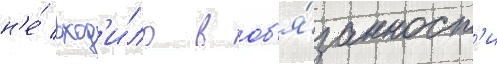
н'е́ вход'и́ло в об'я́занност'и